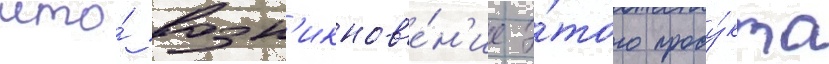
что́ возн'икнов'е́н'ие э́того проду́кта